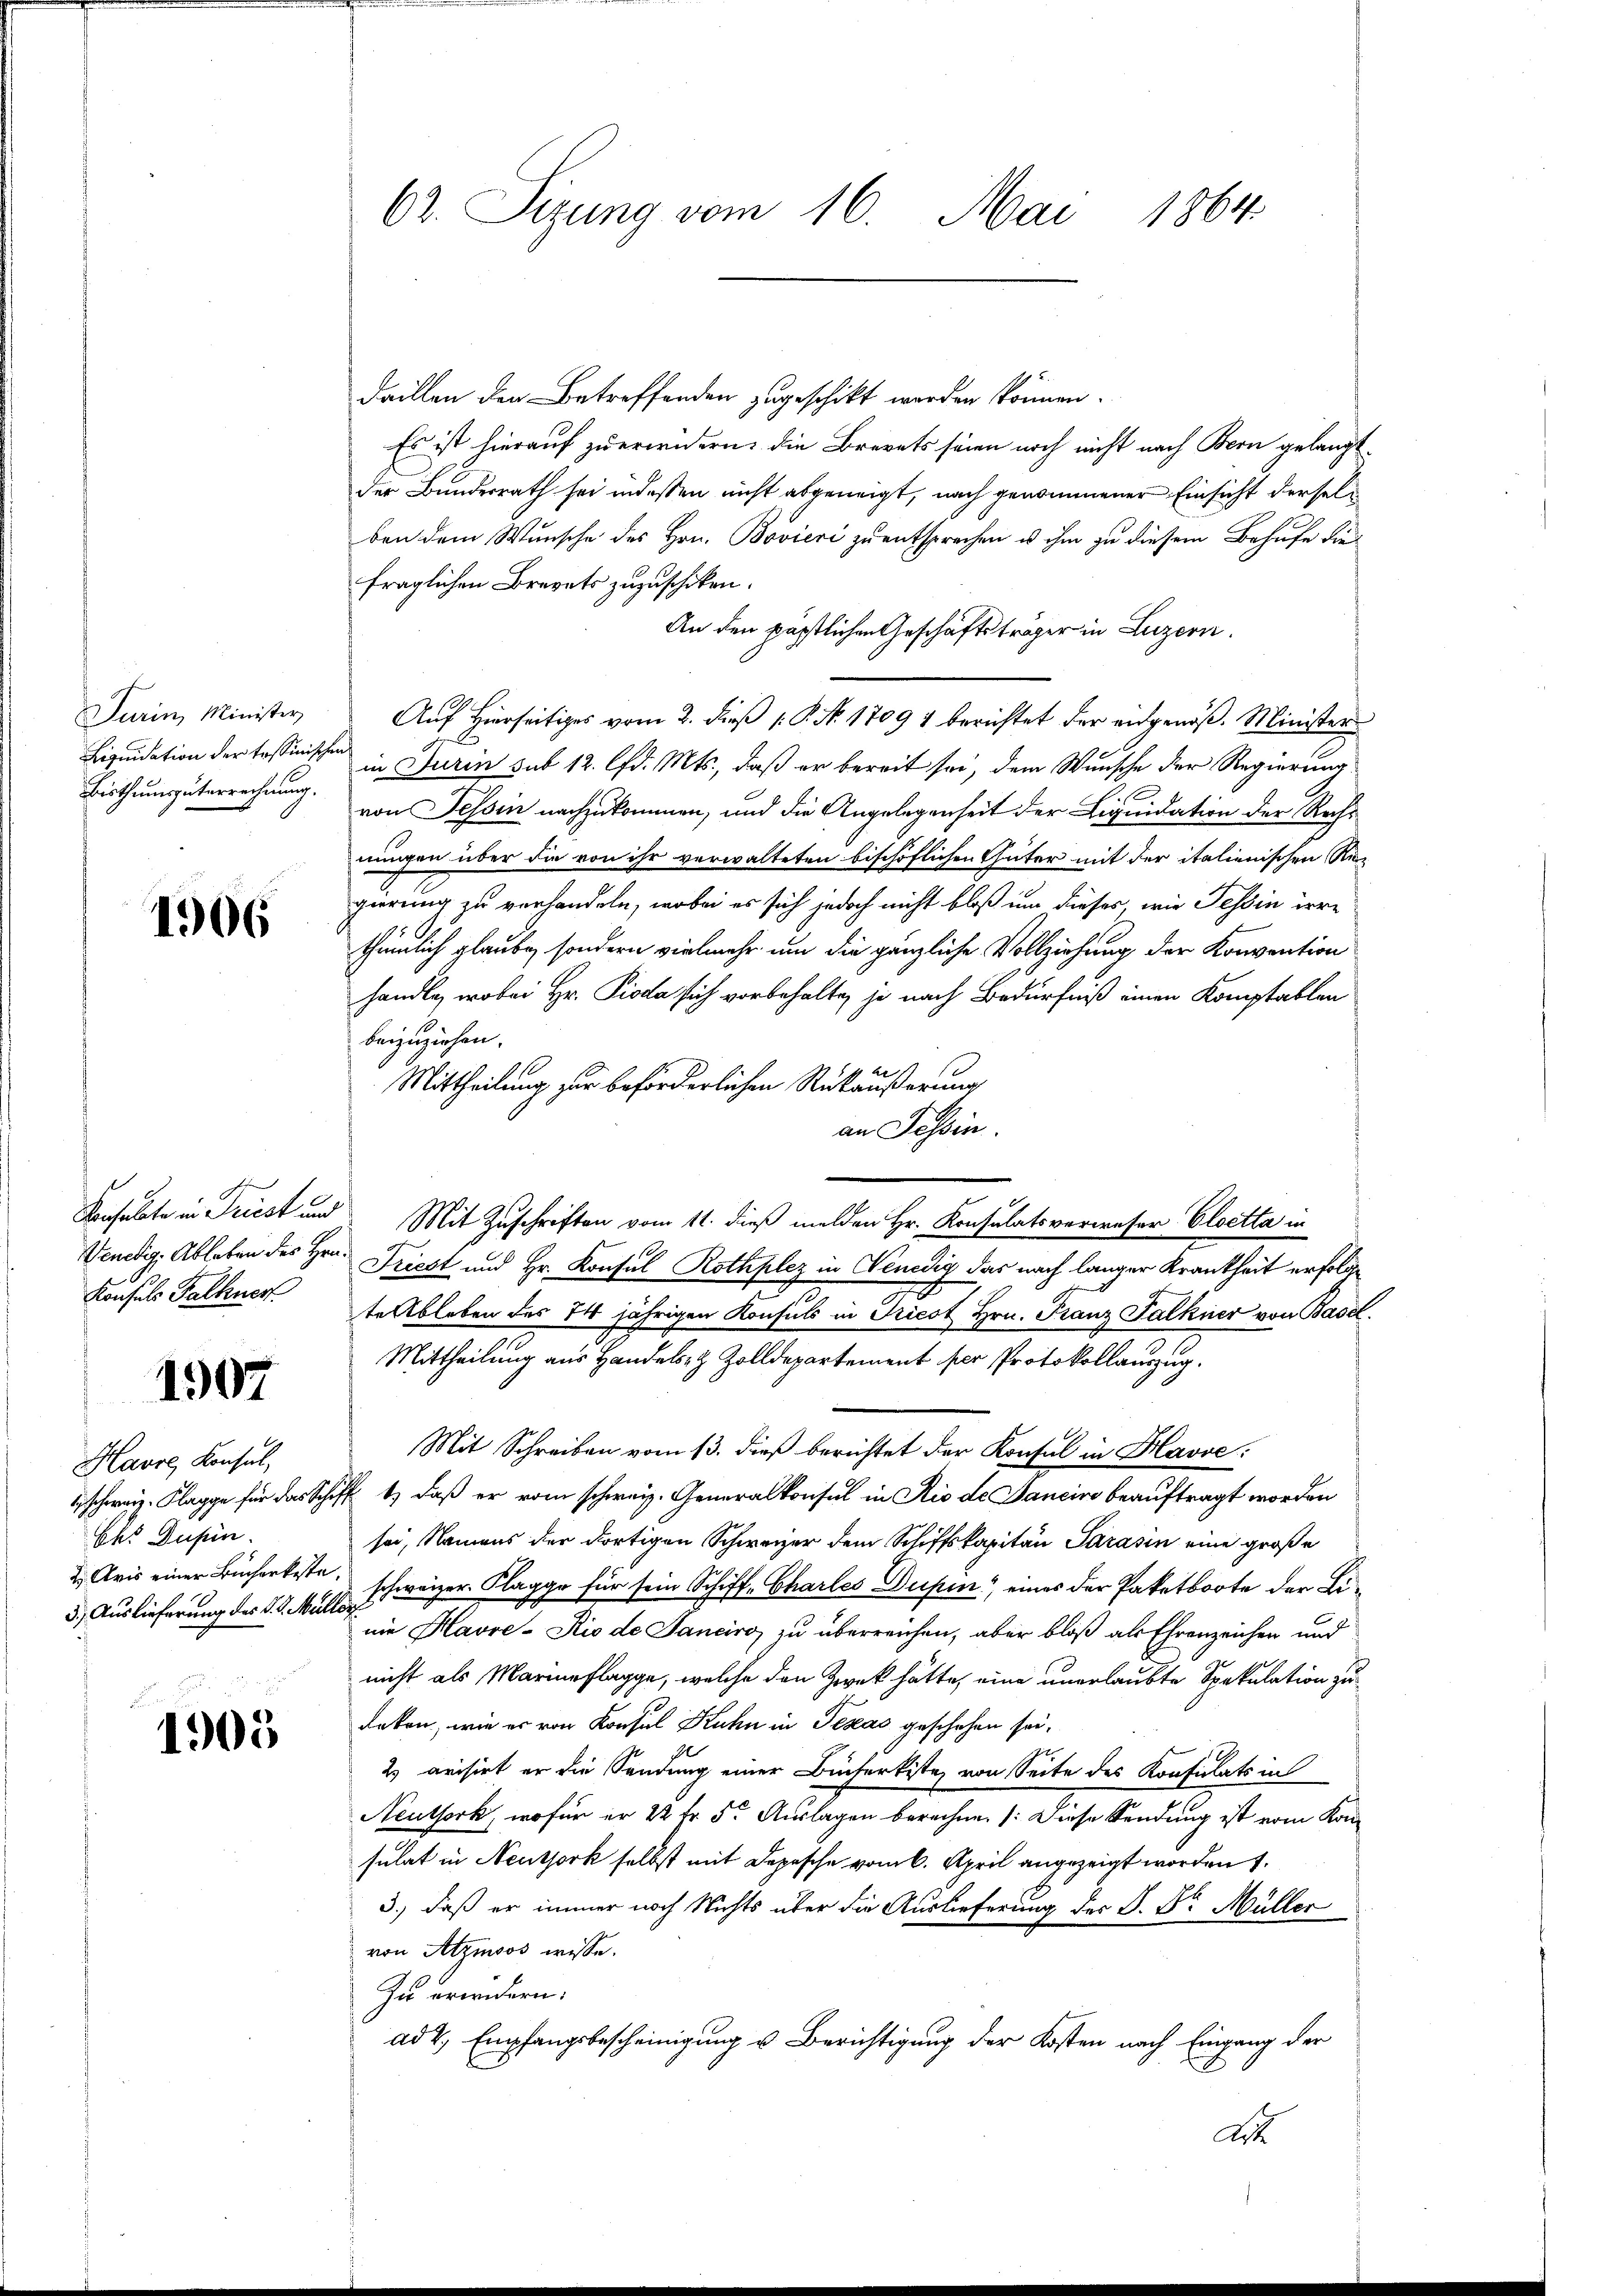
Turin, Minister
Bisthumsgüterrechnung.

1906

Konsuls Falkner

1907

Havre, Konsul,
Ehs Dusein.
5.) Auslieferung des d. J. Müller

1905

Faillen den Betreffenden zugeschickt worden können.
Es ist hierauf zu erwidern: die Brevets seien noch nicht nach Bern gelangt.
der Bundesrath sei indessen nicht abgeneigt, nach genommener Einsicht derselben dem Wunsche des Hrn. Bovieri zu entsprechen u ihm zu diesem Behufe die
fraglichen Brevets zuzuschiken.
An den pöstlichen Geschäftsträger in Luzern.
Auf Hierseitiges vom 2. dieß P. No. 1709 & berichtet der entgenoß. Minister
Liquidation der Tessinisten in Turin sub 12. lfd. Mts., daß er bereit sei, dem Wunsche der Regierung
von Tessin nachzukommen, und die Angelegenheit der Liquidation der Rechnungen über die von ihr verwalteten bischöflichen Güter mit der italienischen Re-
gierung zu verhandeln, wobei es sich jedoch nicht bloß um dieses, wie Tessin irre
thümlich glaube, sondern vielmehr um die gänzliche Vollziehung der Konvention
handle, wobei Hr. Pioda sich vorbehalte, je nach Bedürfniß einen Komptablen
beizuziehen.
Mittheilung zur beförderlichen Rükäußerung
an Tessin.
Vonsabte in Triest und Mit Zuschriften vom 11. dieß melden Hr. Konsulatsverweser Cloetta in
Venedig. Ableben des Hrn. Friest und Hr. Konsul Rothplez in Venedig das nach langer Krankheit erfolge
te Ableben des 14 jährigen Konsuls in Triest Hrn. Franz Falkner von Basel.
Mittheilung aus Handels- & Zolldepartement per Protokollauszug.
Mit Schreiben vom 13. dieß berichtet der Konsul in Havre:
Schreiz. Klagge für das Schiff 1) daß er vom schweiz. Generalkonsul in Rio de Janeiro beauftragt worden
sei, Namens der dortigen Schweizer dem Schiffskapitän Sarasin eine große
 Aris einer Bücherteste, schweizer. Klagge für sein Schiff-Charles Dupen eines der Paketboote der Linie Havre-Kio de Janeiro, zu überreichen, aber bloß als Ehrenzeichen und
nicht als Marierflagge, welche den Zweck hätte, eine unerlaubte Spekulation zu
deken, wie er von Konsul Kuhn in Texas geschehen sei.
2 arisirt er die Sendung einer Bücherkiste von Seite des Konsulats in
Neuthork, wofür er 22 fr. 5. Auslagen berechne. (: Diese Sendung ist vom Konsulat in Neuthork selbst mit Depesche vom 6. April angezeigt worden 1.
3.) daß er immer noch Nichts über die Auslieferung des P. Dr. Müller
von Atzmoos wisse.
Zu erindern.
ad 2, Empfangsbescheinigung u. Berichtigung der Kosten nach Eingang der

62. Sizung vom 16. Mai 1864

dto